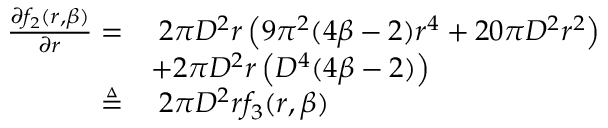
\begin{array} { r l } { \frac { \partial f _ { 2 } ( r , \beta ) } { \partial r } = } & { \; 2 { \pi } D ^ { 2 } r \left( 9 { \pi } ^ { 2 } ( 4 \beta - 2 ) r ^ { 4 } + 2 0 { \pi } D ^ { 2 } r ^ { 2 } \right) } \\ & { + 2 { \pi } D ^ { 2 } r \left( D ^ { 4 } ( 4 \beta - 2 ) \right) } \\ { \triangleq } & { \; 2 { \pi } D ^ { 2 } r f _ { 3 } ( r , \beta ) } \end{array}